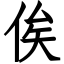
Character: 俟